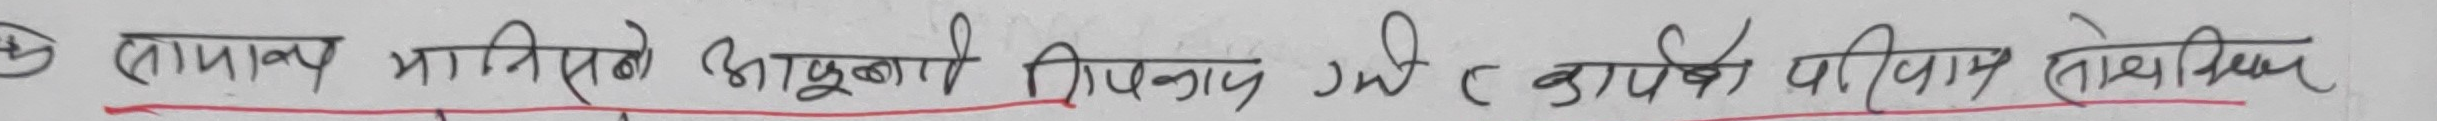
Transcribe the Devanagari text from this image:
(१) वाष्पनीय घनीभवन अणुबाट तिर्का गनीभूत कणको परिणाम देखिन्छ।